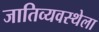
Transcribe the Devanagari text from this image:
जातिव्यवस्थेला